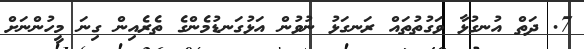
7. ދަތް އުނގުޅާ ވަގުތުތައް ރަނގަޅު ނުވުން އަޅުގަނޑުމެންގެ ތެރެެއިން ގިނަ މީހުންނަށް